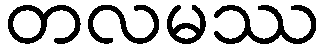
တလမဿ